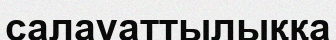
салауаттылыққа